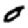
Digit: 0